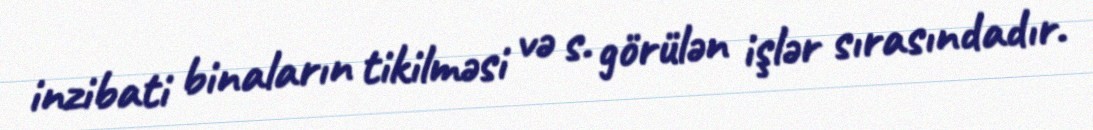
inzibati binaların tikilməsi və s. görülən işlər sırasındadır.